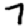
Digit: 7